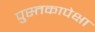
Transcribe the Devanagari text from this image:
पुस्तकापेक्षा